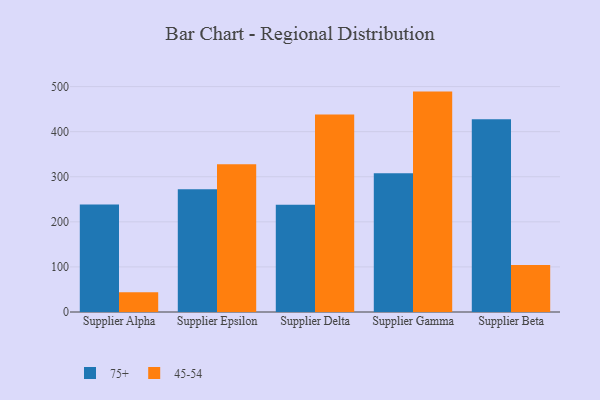
{"axis": {"x": "Supplier", "y": "Market Share (%)"}, "legend": ["45-54", "75+"], "data": [{"x": "Supplier Alpha", "y": 238.6, "type": "75+"}, {"x": "Supplier Alpha", "y": 44.0, "type": "45-54"}, {"x": "Supplier Epsilon", "y": 272.2, "type": "75+"}, {"x": "Supplier Epsilon", "y": 327.5, "type": "45-54"}, {"x": "Supplier Delta", "y": 237.9, "type": "75+"}, {"x": "Supplier Delta", "y": 438.2, "type": "45-54"}, {"x": "Supplier Gamma", "y": 307.9, "type": "75+"}, {"x": "Supplier Gamma", "y": 488.9, "type": "45-54"}, {"x": "Supplier Beta", "y": 427.6, "type": "75+"}, {"x": "Supplier Beta", "y": 104.0, "type": "45-54"}]}